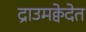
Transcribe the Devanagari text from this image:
द्राउमक्वेदेत